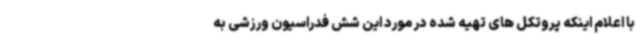
با اعلام اینکه پروتکل های تهیه شده در مورد این شش فدراسیون ورزشی به